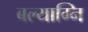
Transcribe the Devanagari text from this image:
बल्याग्नि